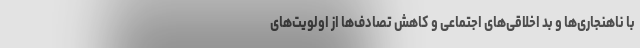
با ناهنجاری‌ها و بد اخلاقی‌های اجتماعی و کاهش تصادف‌ها از اولویت‌های